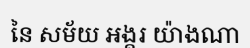
នៃ សម័យ អង្គរ យ៉ាងណា